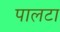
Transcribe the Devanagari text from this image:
पालटा